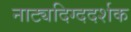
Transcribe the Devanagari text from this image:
नाट्यदिग्ददर्शक